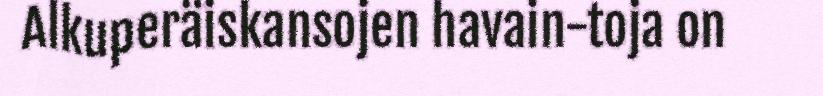
Alkuperäiskansojen havain-toja on